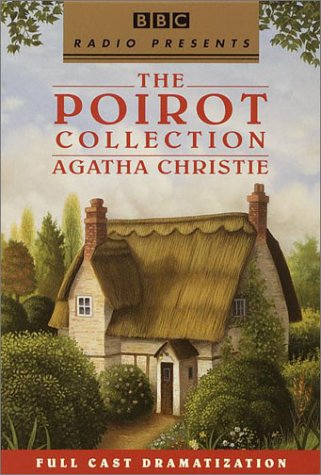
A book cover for BBC Presents: Poirot Box Set: Murder in Mesopotamia, Poirot, Thirteen at Dinner (BBC Radio Presents); Agatha Christie; Humor & Entertainment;